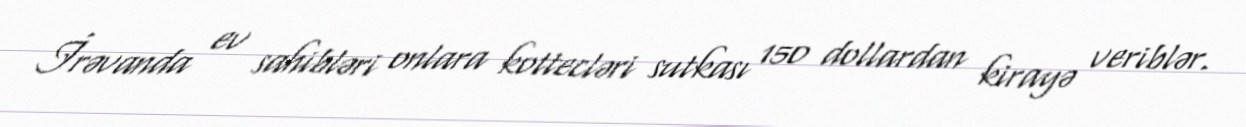
İrəvanda ev sahibləri onlara kottecləri sutkası 150 dollardan kirayə veriblər.